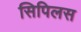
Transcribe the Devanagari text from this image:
सिपिलस